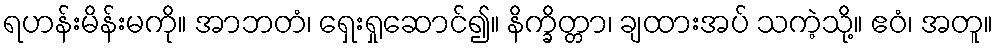
ရဟန်းမိန်းမကို။ အာဘတံ၊ ရှေးရှုဆောင်၍။ နိက္ခိတ္တာ၊ ချထားအပ် သကဲ့သို့။ ဧဝံ၊ အတူ။